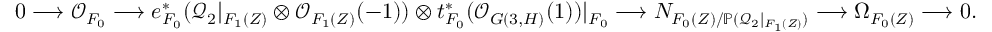
\begin{array} { r } { 0 \longrightarrow \mathcal O _ { F _ { 0 } } \longrightarrow e _ { F _ { 0 } } ^ { * } ( \mathcal Q _ { 2 } | _ { F _ { 1 } ( Z ) } \otimes \mathcal O _ { F _ { 1 } ( Z ) } ( - 1 ) ) \otimes t _ { F _ { 0 } } ^ { * } ( \mathcal O _ { G ( 3 , H ) } ( 1 ) ) | _ { F _ { 0 } } \longrightarrow N _ { F _ { 0 } ( Z ) / \mathbb P ( \mathcal Q _ { 2 } | _ { F _ { 1 } ( Z ) } ) } \longrightarrow \Omega _ { F _ { 0 } ( Z ) } \longrightarrow 0 . } \end{array}